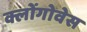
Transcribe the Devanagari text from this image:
क्लोंगोवेस